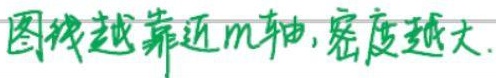
图像越靠近\(m\)轴, 密度越大.